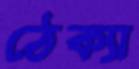
ঠেক্যা